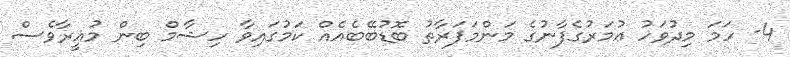
4- ހަމަ މިދުވަހު ޢުމަރުގެފާނުގެ މަންމަފަރާތު ބޮޑުބޭބެއެއް ކަމުގައިވާ ހިޝާމް ބިން މުޣީރާވެސް